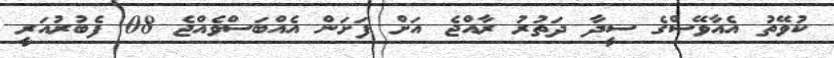
ކުވޭތު އެއާވޭސްގެ ސީދާ ދަތުރު ރާއްޖެ އަށް ފަށަން އެއްބަސްވެއްޖެ 08 ފެބުރުއަރީ